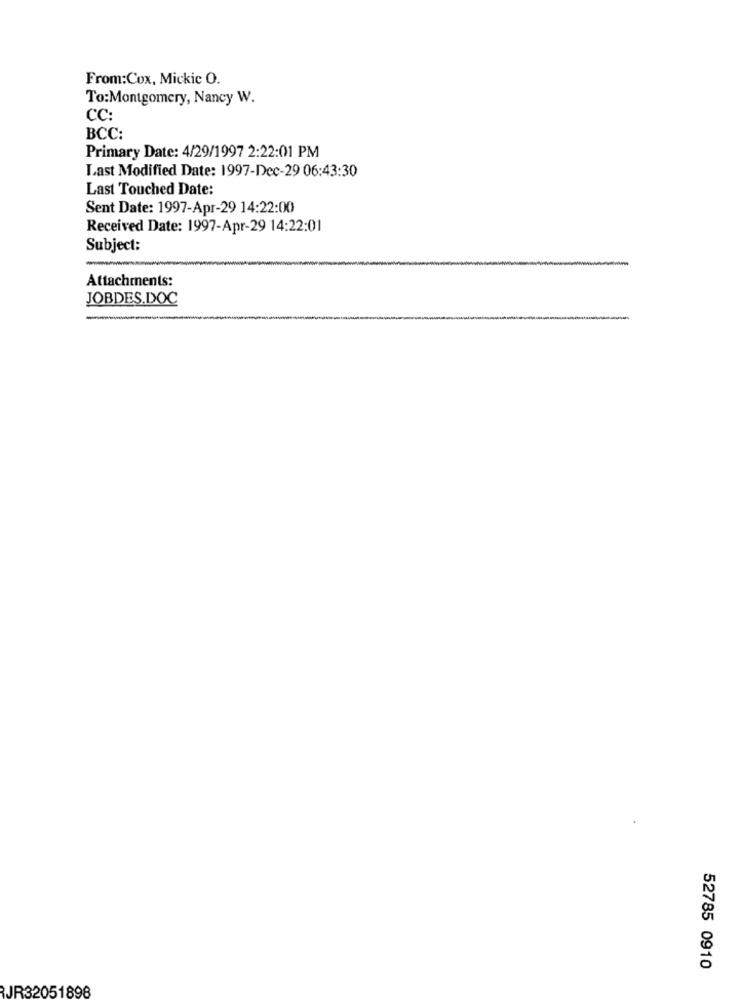
From:Cox, Mickic O.
To:Montgomery, Nancy W.
CC:
BCC:
Primary Date: 4/29/1997 2:22:01 PM
Last Modified Date: 1997-Dec-29 06:43:30
Last Touched Date:
Sent Date: 1997-Apr-29 14:22:00
Received Date: 1997-Apr-29 14:22:01
Subject:
Attachments:
JOBDES.DOC
52785 0910
JR32051898